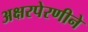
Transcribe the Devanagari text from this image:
अक्षरपेरणीने